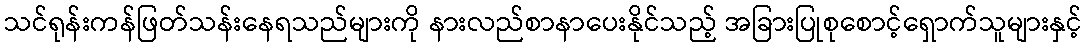
သင်ရုန်းကန်ဖြတ်သန်းနေရသည်များကို နားလည်စာနာပေးနိုင်သည့် အခြားပြုစုစောင့်ရှောက်သူများနှင့်